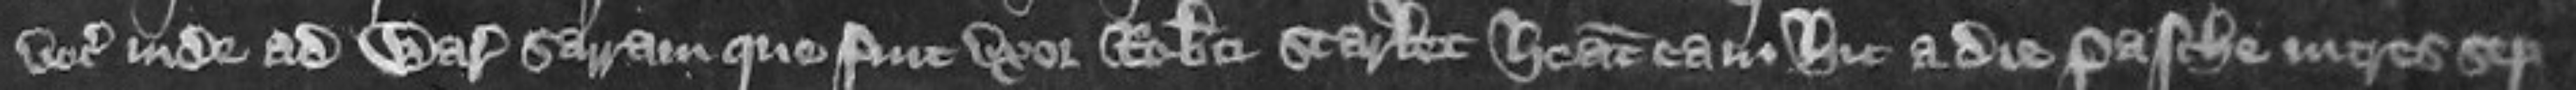
vocat inde ad warantiam Sarram que fuit uxor Roberti Scarlet Habeat eam hic a die Pasche in tres sep